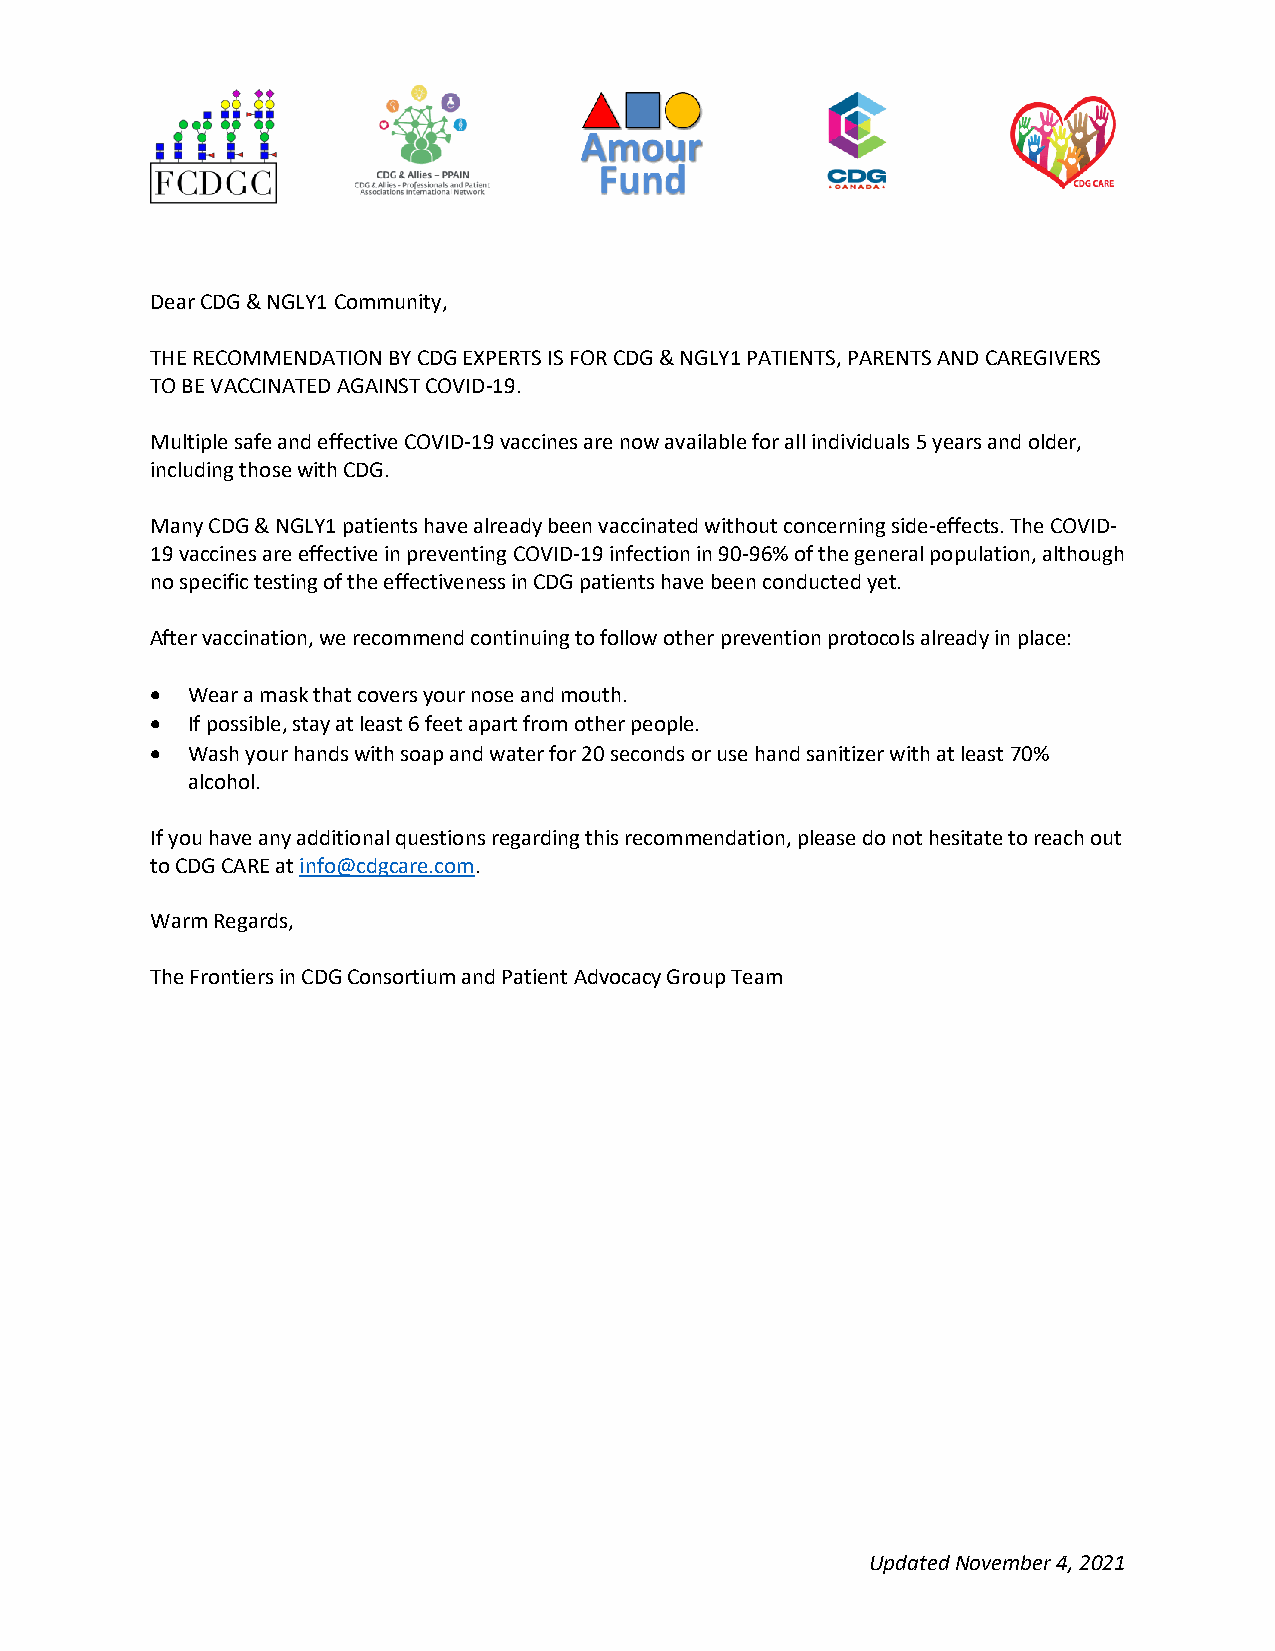
Dear CDG & NGLY1 Community,
 THE RECOMMENDATION BY CDG EXPERTS IS FOR CDG & NGLY1 PATIENTS, PARENTS AND CAREGIVERS
 TO BE VACCINATED AGAINST COVID-19.
 Multiple safe and effective COVID-19 vaccines are now available for all individuals 5 years and older,
 including those with CDG.
 Many CDG & NGLY1 patients have already been vaccinated without concerning side-effects. The COVID-
 19 vaccines are effective in preventing COVID-19 infection in 90-96% of the general population, although
 no specific testing of the effectiveness in CDG patients have been conducted yet.
 After vaccination, we recommend continuing to follow other prevention protocols already in place:
 • Wear a mask that covers your nose and mouth.
 • If possible, stay at least 6 feet apart from other people.
 • Wash your hands with soap and water for 20 seconds or use hand sanitizer with at least 70%
 alcohol.
 If you have any additional questions regarding this recommendation, please do not hesitate to reach out
 to CDG CARE at info@cdgcare.com.
 Warm Regards,
 The Frontiers in CDG Consortium and Patient Advocacy Group Team
 Updated November 4, 2021